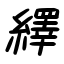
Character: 繹